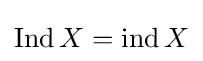
\mathrm {Ind} \,X=\mathrm {ind} \,X